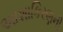
આશાકિરણની